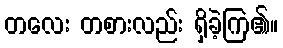
တလေး တစားလည်း ရှိခဲ့ကြ၏။